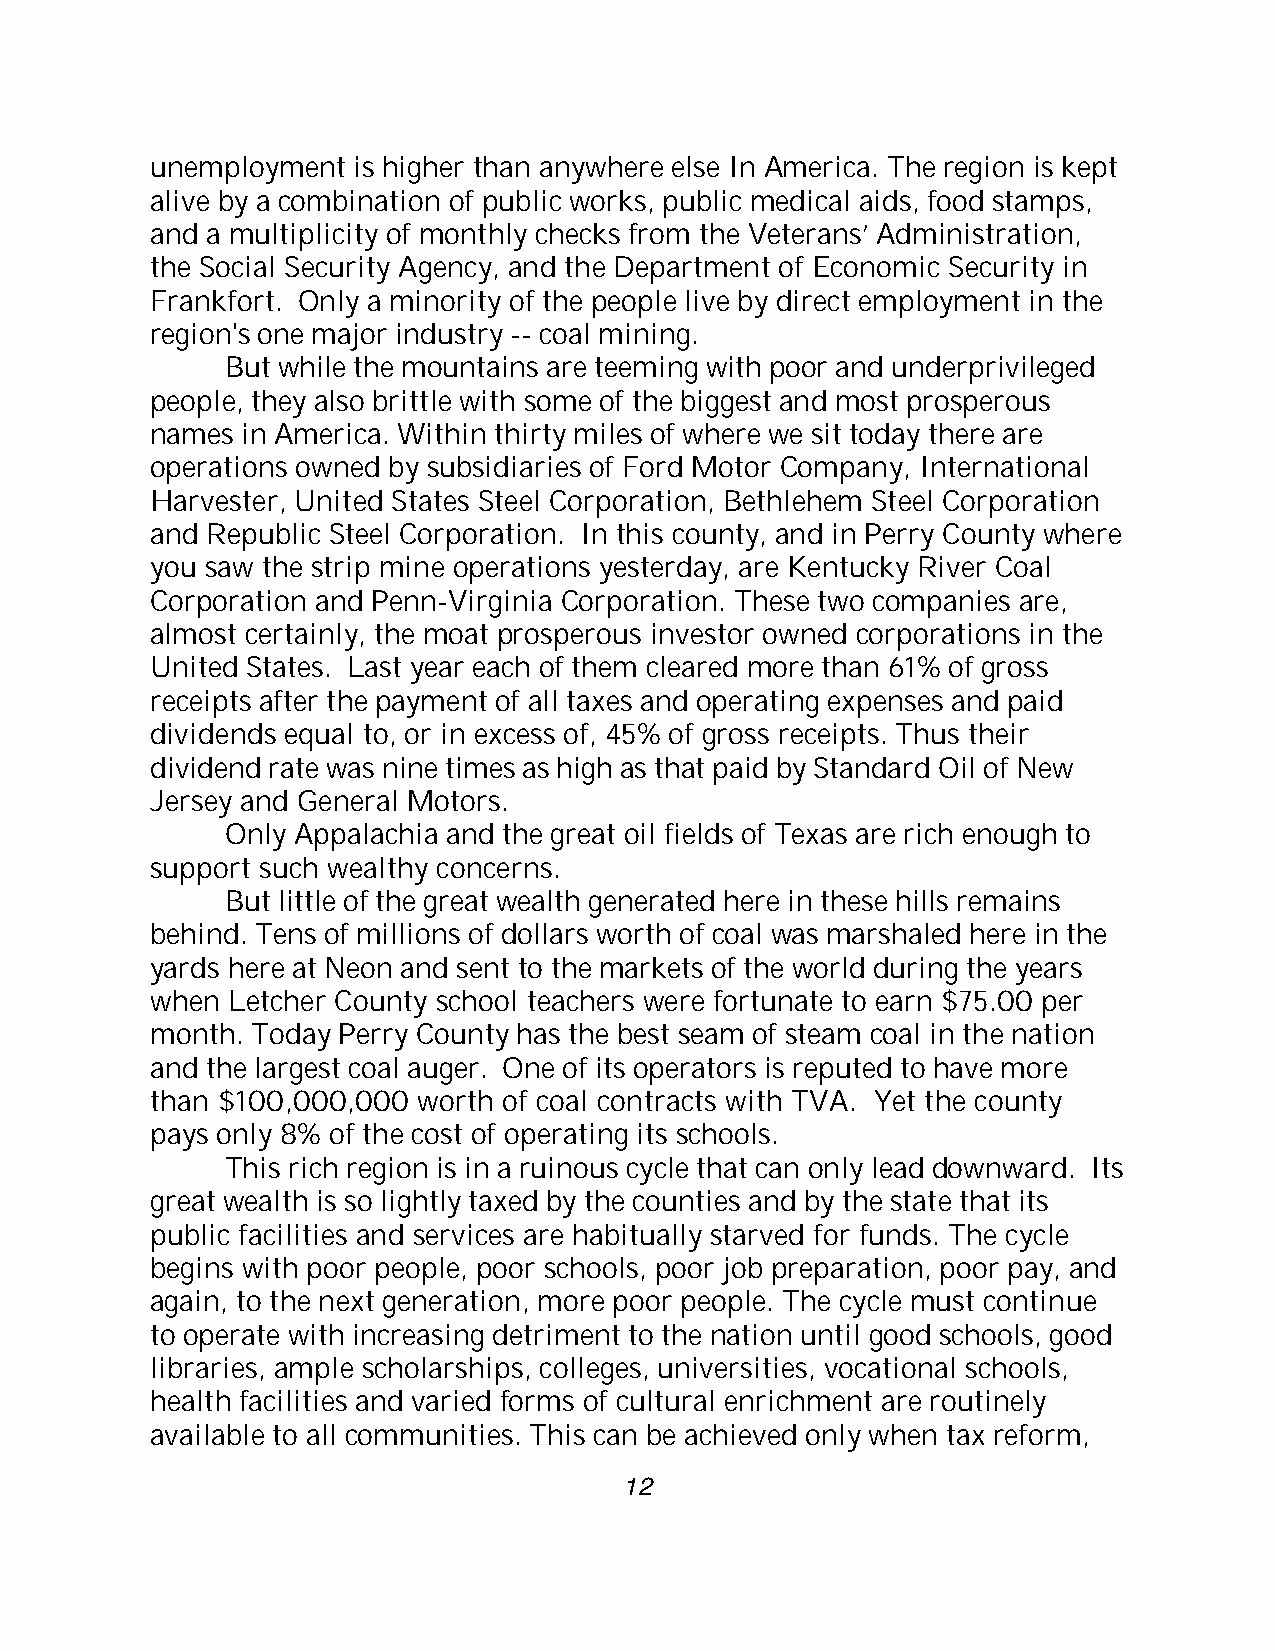
unemployment is higher than anywhere else In America. The region is kept
 alive by a combination of public works, public medical aids, food stamps,
 and a multiplicity of monthly checks from the Veterans’ Administration,
 the Social Security Agency, and the Department of Economic Security in
 Frankfort. Only a minority of the people live by direct employment in the
 region's one major industry -- coal mining.
 But while the mountains are teeming with poor and underprivileged
 people, they also brittle with some of the biggest and most prosperous
 names in America. Within thirty miles of where we sit today there are
 operations owned by subsidiaries of Ford Motor Company, International
 Harvester, United States Steel Corporation, Bethlehem Steel Corporation
 and Republic Steel Corporation. In this county, and in Perry County where
 you saw the strip mine operations yesterday, are Kentucky River Coal
 Corporation and Penn-Virginia Corporation. These two companies are,
 almost certainly, the moat prosperous investor owned corporations in the
 United States. Last year each of them cleared more than 61% of gross
 receipts after the payment of all taxes and operating expenses and paid
 dividends equal to, or in excess of, 45% of gross receipts. Thus their
 dividend rate was nine times as high as that paid by Standard Oil of New
 Jersey and General Motors.
 Only Appalachia and the great oil fields of Texas are rich enough to
 support such wealthy concerns.
 But little of the great wealth generated here in these hills remains
 behind. Tens of millions of dollars worth of coal was marshaled here in the
 yards here at Neon and sent to the markets of the world during the years
 when Letcher County school teachers were fortunate to earn $75.00 per
 month. Today Perry County has the best seam of steam coal in the nation
 and the largest coal auger. One of its operators is reputed to have more
 than $100,000,000 worth of coal contracts with TVA. Yet the county
 pays only 8% of the cost of operating its schools.
 This rich region is in a ruinous cycle that can only lead downward. Its
 great wealth is so lightly taxed by the counties and by the state that its
 public facilities and services are habitually starved for funds. The cycle
 begins with poor people, poor schools, poor job preparation, poor pay, and
 again, to the next generation, more poor people. The cycle must continue
 to operate with increasing detriment to the nation until good schools, good
 libraries, ample scholarships, colleges, universities, vocational schools,
 health facilities and varied forms of cultural enrichment are routinely
 available to all communities. This can be achieved only when tax reform,
 12